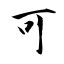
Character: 可